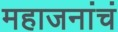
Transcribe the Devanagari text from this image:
महाजनांचं